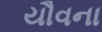
યૌવના